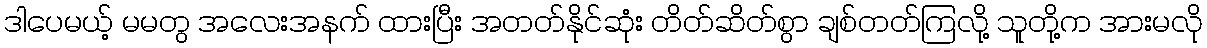
ဒါပေမယ့် မမတွ အလေးအနက် ထားပြီး အတတ်နိုင်ဆုံး တိတ်ဆိတ်စွာ ချစ်တတ်ကြလို့ သူတို့က အားမလို